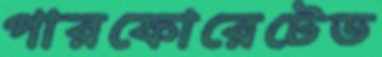
পারফোরেটেড